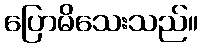
ပြောမိသေးသည်။